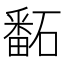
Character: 𥕿